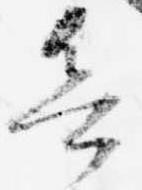
欲